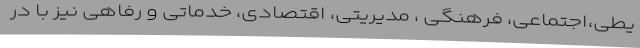
یطی،‌اجتماعی، فرهنگی ، مدیریتی، اقتصادی، خدماتی و رفاهی نیز با در